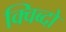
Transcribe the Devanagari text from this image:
क्विब्दो